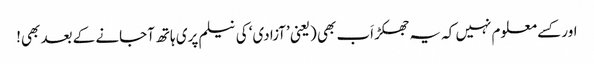
اور کسے معلوم نہیں کہ یہ جھکڑ اَب بھی (یعنی ’آزادی‘ کی نیلم پری ہاتھ آجانے کے بعد بھی!